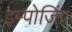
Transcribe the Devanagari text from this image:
इम्पोजिंग